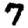
Digit: 7